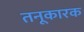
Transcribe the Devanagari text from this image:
तनूकारक